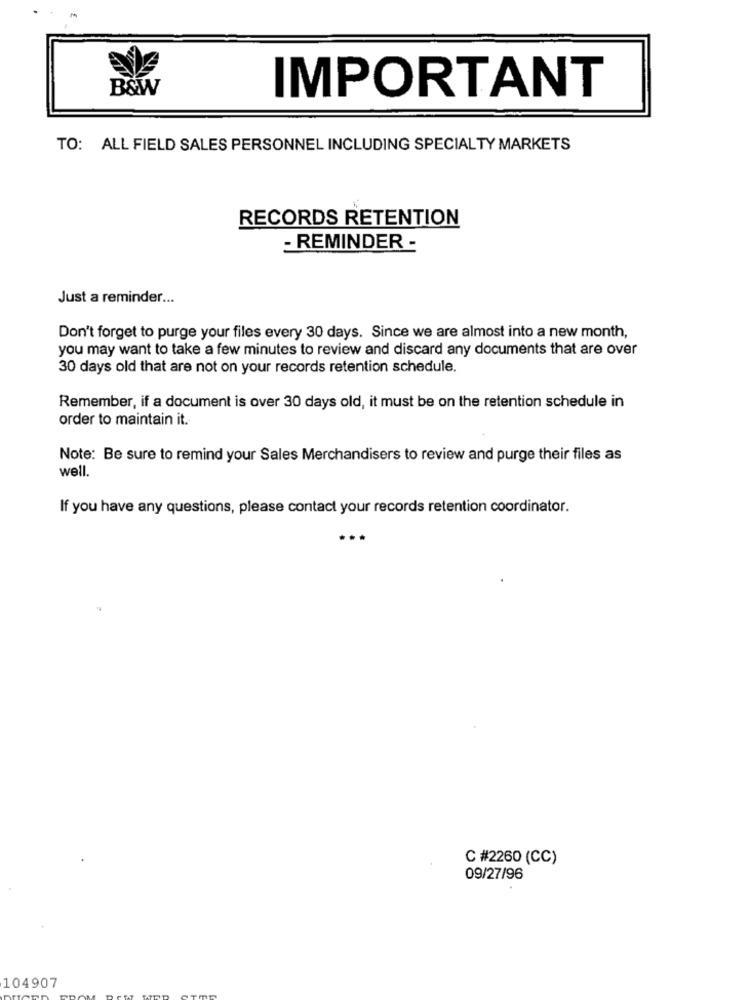
B&W
IMPORTANT
TO: ALL FIELD SALES PERSONNEL INCLUDING SPECIALTY MARKETS
RECORDS RETENTION
- REMINDER -
Just a reminder ...
Don't forget to purge your files every 30 days. Since we are almost into a new month,
you may want to take a few minutes to review and discard any documents that are over
30 days old that are not on your records retention schedule.
Remember, if a document is over 30 days old, it must be on the retention schedule in
order to maintain it.
Note: Be sure to remind your Sales Merchandisers to review and purge their files as
well.
If you have any questions, please contact your records retention coordinator.
C #2260 (CC)
09/27/96
104907